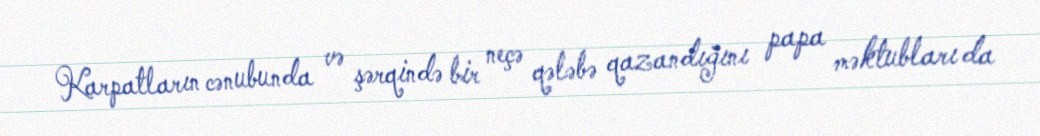
Karpatların cənubunda və şərqində bir neçə qələbə qazandığını papa məktubları da